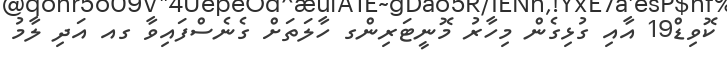
ކޮވިޑް19 އާއި ގުޅިގެން މިހާރު މޮނީޓަރިންގ ހާލަތަށް ގެނެސްފައިވާ ގއ އަދި ލާމު